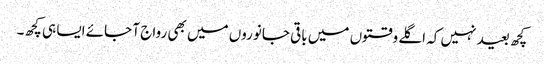
کچھ بعید نہیں کہ اگلے وقتوں میں باقی جانوروں میں بھی رواج آ جائے ایسا ہی کچھ۔